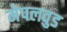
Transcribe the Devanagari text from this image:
मेपलवुड